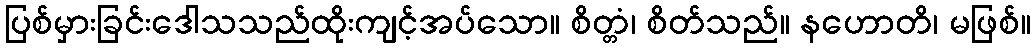
ပြစ်မှားခြင်းဒေါသသည်ထိုးကျင့်အပ်သော။ စိတ္တံ၊ စိတ်သည်။ နဟောတိ၊ မဖြစ်။